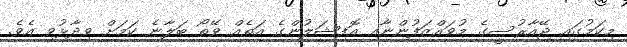
މިކަމުގައި ޖޭއާރުސީގެ މުވައްޒަފުންނާއި އޮފިޝަލުންގެ އަތެއް ވޭތޯ ބަލާނެ ކަމަށް ވިދާޅުވި އެވެ.